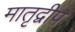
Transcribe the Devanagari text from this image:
मातृद्वीप